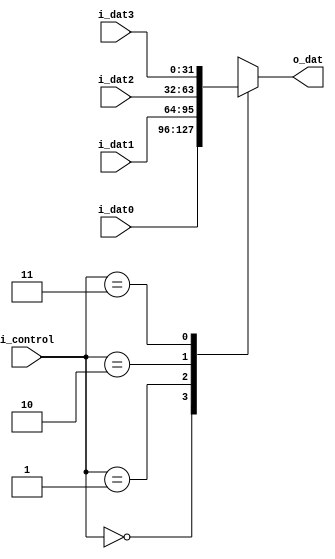
module mux4in1(i_dat0, i_dat1, i_dat2, i_dat3, i_control, o_dat);

parameter WIDTH = 32;

input   	[WIDTH-1:0] i_dat0, i_dat1, i_dat2, i_dat3; 
input       [1:0]       i_control;
output reg  [WIDTH-1:0] o_dat;

always @(*) begin
	case (i_control)
		2'b00: o_dat = i_dat0;
		2'b01: o_dat = i_dat1;
		2'b10: o_dat = i_dat2;
		2'b11: o_dat = i_dat3;
	endcase // i_control
end

endmodule